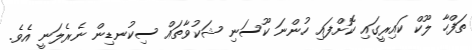
ތަފްހާ ލޫކް ކައިރީގައި ކޮށްފައި ހުންނަ ކޫސަނި ޝަކުވާތައް ސިކުނޑިން ނެރެލަނީ އެވެ.